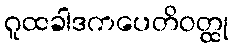
ဂူထခါဒကပေတိဝတ္ထု